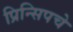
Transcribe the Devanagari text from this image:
प्रिन्सिपचे